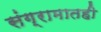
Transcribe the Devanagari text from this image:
संग्रामातही